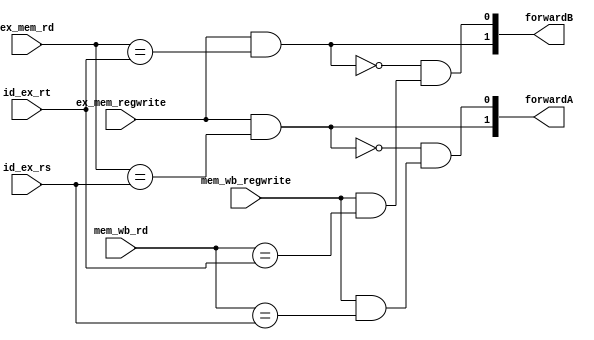
module forwarding_unit (
    input wire [4:0] id_ex_rs,id_ex_rt,
    input wire [4:0] ex_mem_rd,mem_wb_rd,
    input wire ex_mem_regwrite,mem_wb_regwrite,

    output wire [1:0] forwardA,forwardB
);
    
wire a1,a2,b1,b2,b3,b4,x,x1,y,y1;

/*
forward A : 00 : read from register bank
forward A : 01 : read from wb_writedata
forward A : 10 : read from ex_mem_result

forward A
-----------
00 : default
01 : ex_mem_rd == id_ex_rs and ex_mem_regwrite == 1
10 : (not of 01 condition) and (mem_wb_regwrite == 1 and mem_wb_rd == id_ex_rs)

same as forwardB, use rt in place of rs.
*/


assign a1 = (ex_mem_regwrite == 1'b1) ;
assign b1 = (ex_mem_rd == id_ex_rs);
assign x = a1 & b1;

assign a2 = (mem_wb_regwrite == 1'b1) ;
assign b2 = (mem_wb_rd == id_ex_rs);
assign y = a2 & b2;

assign forwardA[1] = x;
assign forwardA[0] = ~x & y ; 


assign b3 = (ex_mem_rd == id_ex_rt);
assign x1 = a1 & b3;

assign b4 = (mem_wb_rd == id_ex_rt);
assign y1 = a2 & b4;

assign forwardB[1] = x1;
assign forwardB[0] = ~x1 & y1 ; 

endmodule